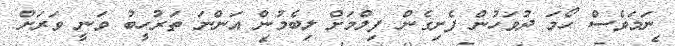
ނަމަވެސް ހޯމަ ދުވަހުން ފެށިގެން ފިލްމަށް ލިބެމުން އަންނަ ތަރުހީބު ވަނީ ވަރަށް